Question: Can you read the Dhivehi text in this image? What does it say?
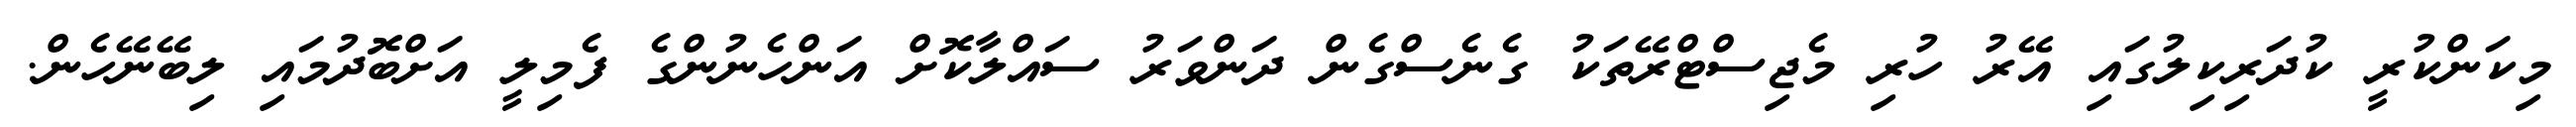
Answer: މިކަންކުރީ ކުދަރިކިލުގައި އޭރު ހުރި މެޖިސްޓްރޭތަކު ގެނެސްގެން ދަންވަރު ސައްލާކޮށް އަންހެނުންގެ ފެމިލީ އަށްބޮދުމައި ލިބޭނޭހެން.